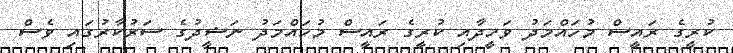
ކުރީގެ ރައީސް މުހައްމަދު ވަހީދާއި ކުރީގެ ރައީސް މުހައްމަދު ނަޝީދުގެ ސަރުކާރުގައި ވެސް